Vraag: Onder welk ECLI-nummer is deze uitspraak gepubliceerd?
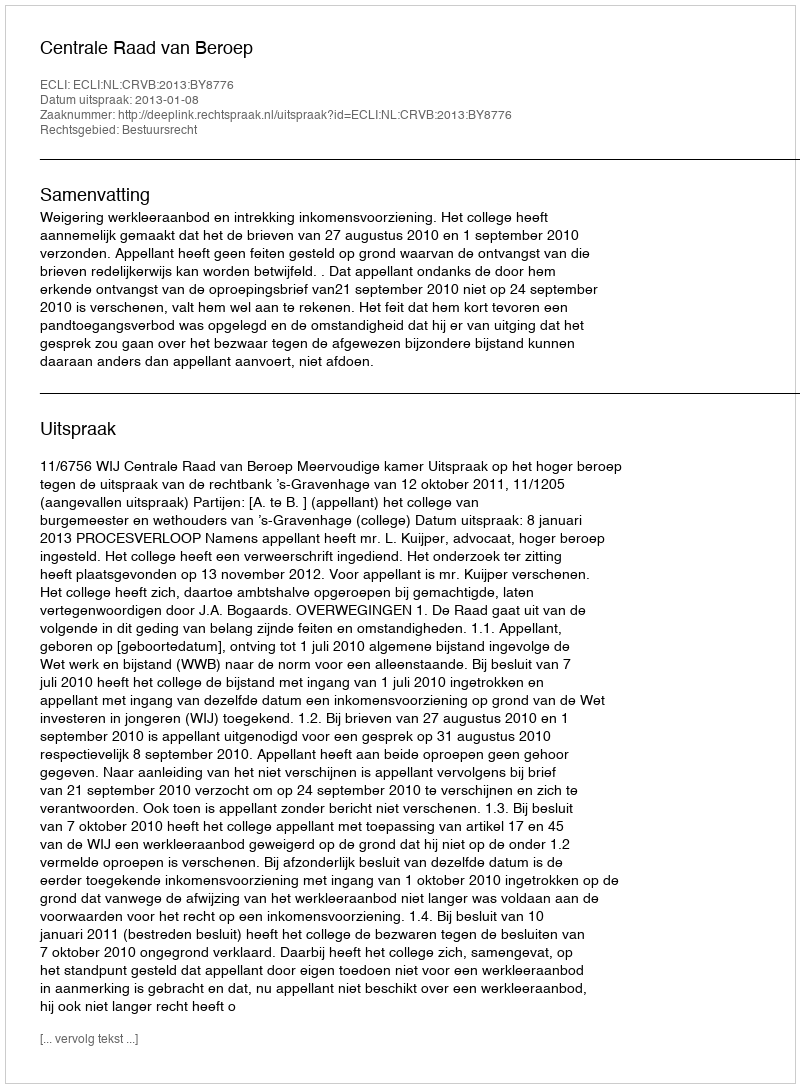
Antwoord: ECLI:NL:CRVB:2013:BY8776